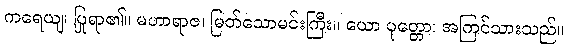
ကရေယျ၊ ပြုရာ၏။ မဟာရာဇ၊ မြတ်သောမင်းကြီး။ ယော ပုတ္တော၊ အကြင်သားသည်။